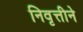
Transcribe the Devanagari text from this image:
निवृत्तीने